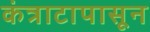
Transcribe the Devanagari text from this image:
कंत्राटापासून